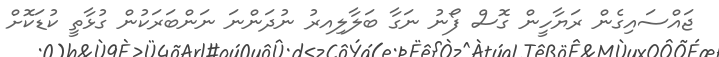
ޖައްސައިގެން ރަޔާހީން ގޮސް ފޯނު ނަގާ ބަލާލިއރު ނުދަންނަ ނަންބަރަކުން ގުޅާތީ ކުޑަކޮށް